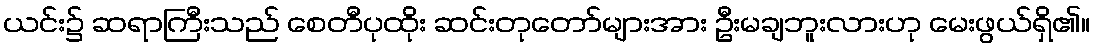
ယင်း၌ ဆရာကြီးသည် စေတီပုထိုး ဆင်းတုတော်များအား ဦးမချဘူးလားဟု မေးဖွယ်ရှိ၏။